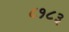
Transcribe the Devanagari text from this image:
८१८३